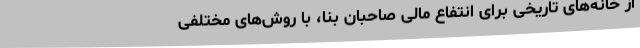
از خانه‌های تاریخی برای انتفاع مالی صاحبان بنا، با روش‌های مختلفی